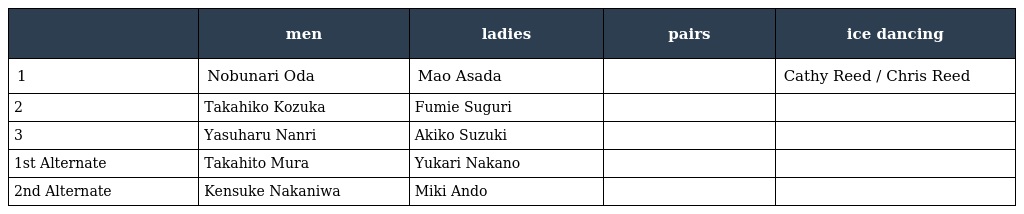
|  | men | ladies | pairs | ice dancing |
 | --- | --- | --- | --- | --- |
 | 1 | Nobunari Oda | Mao Asada |  | Cathy Reed / Chris Reed |
 | 2 | Takahiko Kozuka | Fumie Suguri |  |  |
 | 3 | Yasuharu Nanri | Akiko Suzuki |  |  |
 | 1st Alternate | Takahito Mura | Yukari Nakano |  |  |
 | 2nd Alternate | Kensuke Nakaniwa | Miki Ando |  |  |